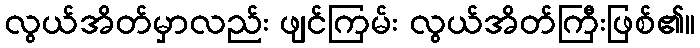
လွယ်အိတ်မှာလည်း ဖျင်ကြမ်း လွယ်အိတ်ကြီးဖြစ်၏။